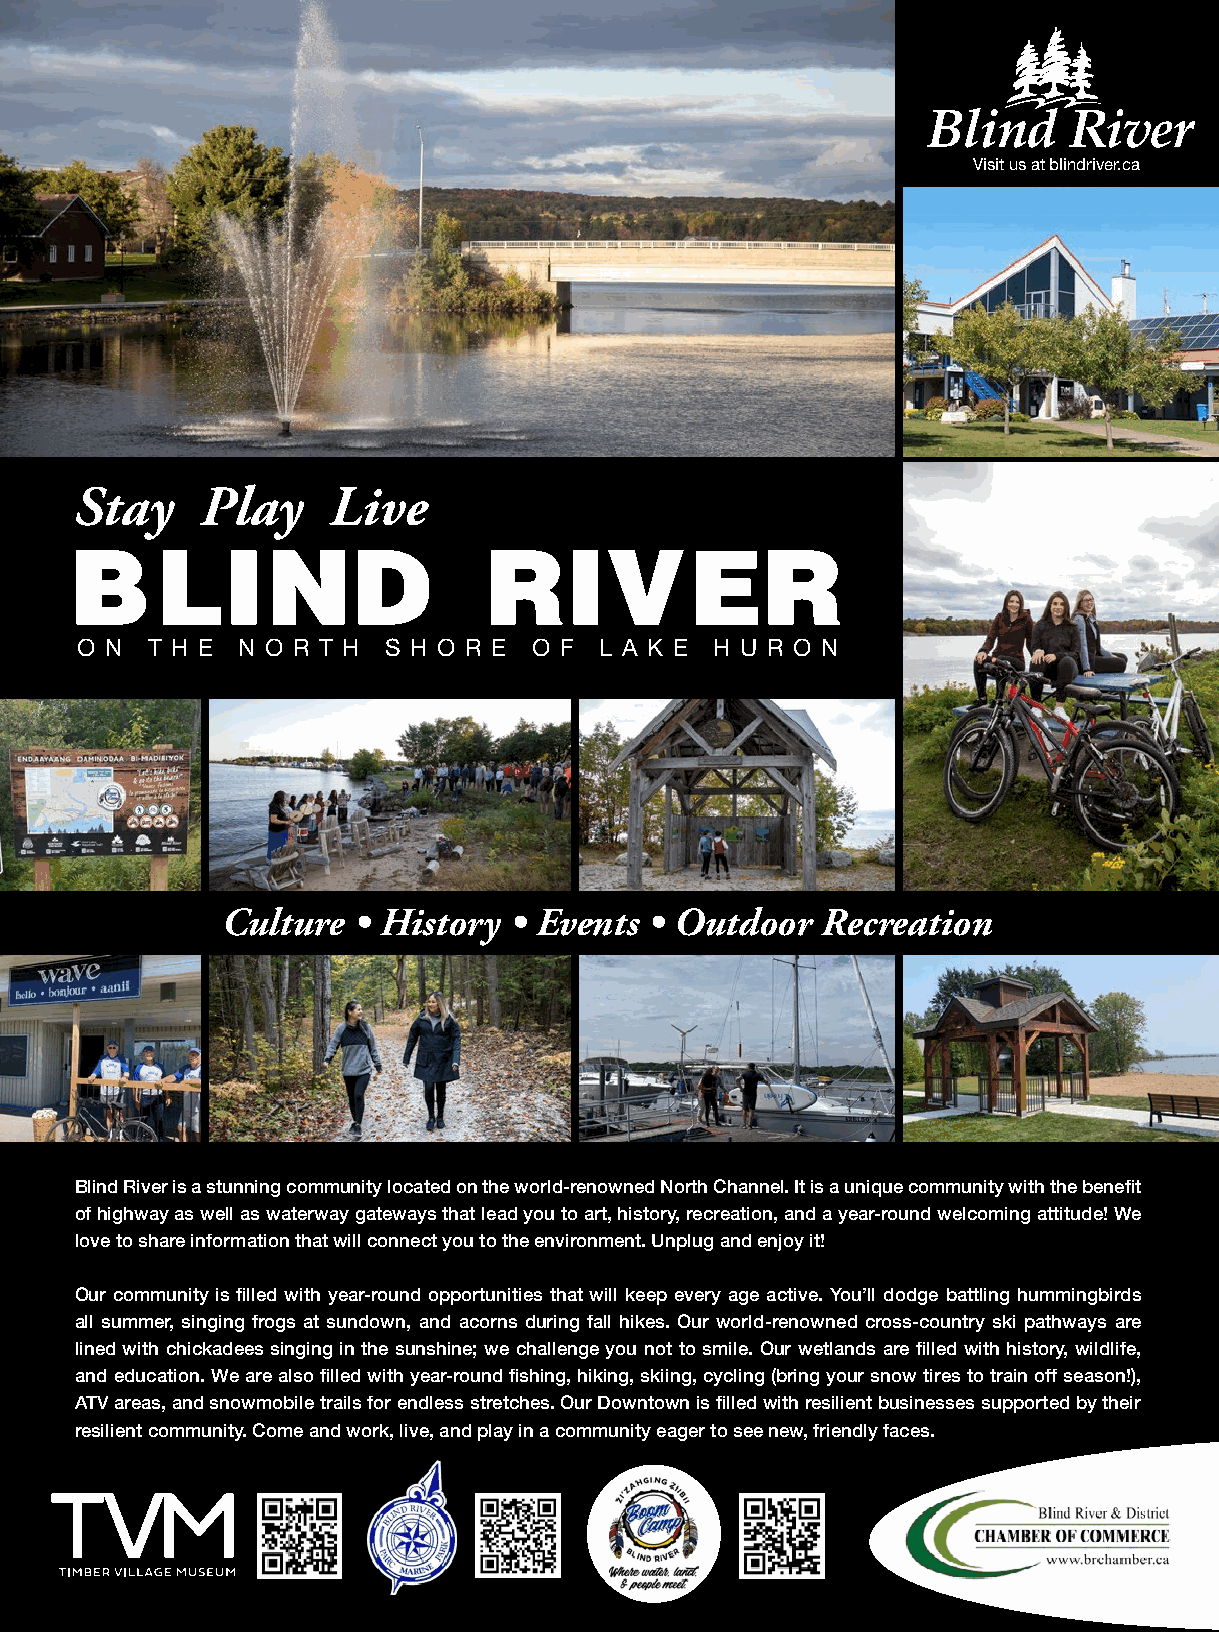
Visit us at blindriver.ca
 Stay    Play     Live
 BLIND                      RIVER
 O N  T H E N O R T H S H O R E O F L A K E H U R O N
 “THE   ULTIMATE    CANADIAN    WILDERNESS
 FISHING   & HUNTING    VACATIONS     BEGIN  HERE.”
 Culture • History  • Events • Outdoor  Recreation
 Blind River is a stunning community located on the world-renowned North Channel. It is a unique community with the benefit
 of highway as well as waterway gateways that lead you to art, history, recreation, and a year-round welcoming attitude! We
 love to share information that will connect you to the environment. Unplug and enjoy it!
 Our community is filled with year-round opportunities that will keep every age active. You’ll dodge battling hummingbirds
 all summer, singing frogs at sundown, and acorns during fall hikes. Our world-renowned cross-country ski pathways are White River Air, is the first, and still the only, fly-in outfitting air service out of White River. In this vast
 lined with chickadees singing in the sunshine; we challenge you not to smile. Our wetlands are filled with history, wildlife,
 area of Northern Ontario spanning ten thousand square miles north and east of Lake Superior, operating
 and education. We are also filled with year-round fishing, hiking, skiing, cycling (bring your snow tires to train off season!),
 ATV areas, and snowmobile trails for endless stretches. Our Downtown is filled with resilient businesses supported by their since the 1950’s our commitment to our customers has always been to provide the highest quality fly-in
 resilient community. Come and work, live, and play in a community eager to see new, friendly faces.
 fishing and hunting experience possible.
 PO Box 220, White River, ON P0M 3G0
 1-807-822-2222 • info@whiteriverair.com • www.whiteriverair.com